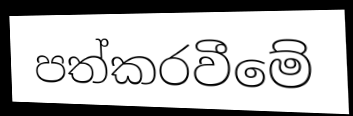
පත්කරවීමේ